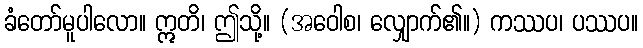
ခံတော်မူပါလော။ ဣတိ၊ ဤသို့။ (အဝေါစ၊ လျှောက်၏။) ကဿပ၊ ပဿပ။